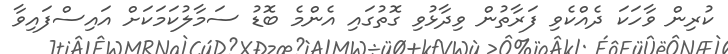
ކުރިން ވާހަކަ ދެއްކެވި ފަރާތުން ވިދާޅުވި ގޮތުގައި އެންމެ ބޮޑު ސަމާލުކަމަކަށް އައިސްފައިވާ